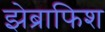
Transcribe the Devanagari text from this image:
झेब्राफिश